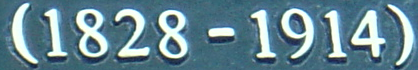
(1828-1914)